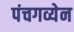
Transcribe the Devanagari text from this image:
पंचगव्येन